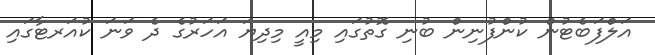
އަލްފަބެޓުން ކުންފުނިން ބުނި ގޮތުގައި މިއީ މިދިޔަ އަހަރުގެ ދެ ވަނަ ކުއަރޓާގައި